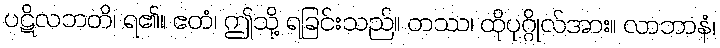
ပဋိလဘတိ၊ ရ၏။ ဧတံ၊ ဤသို့ ရခြင်းသည်။ တဿ၊ ထိုပုဂ္ဂိုလ်အား။ လာဘာနံ၊